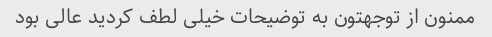
ممنون از توجهتون به توضیحات خیلی لطف کردید عالی بود